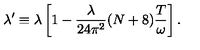
\lambda ^ { \prime } \equiv \lambda \left[ 1 - \frac { \lambda } { 2 4 \pi ^ { 2 } } ( N + 8 ) \frac { T } { \omega } \right] .